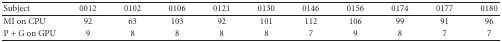
<table><thead><tr><td><b> Subject</b></td><td><b> 0012</b></td><td><b> 0102</b></td><td><b> 0106</b></td><td><b> 0121</b></td><td><b> 0130</b></td><td><b> 0146</b></td><td><b> 0156</b></td><td><b> 0174</b></td><td><b> 0177</b></td><td><b> 0180</b></td></tr></thead><tbody><tr><td> MI on CPU</td><td> 92</td><td> 63</td><td> 103</td><td> 92</td><td> 101</td><td> 112</td><td> 106</td><td> 99</td><td> 91</td><td> 96</td></tr><tr><td> P + G on GPU</td><td> 9</td><td> 8</td><td> 8</td><td> 8</td><td> 8</td><td> 7</td><td> 9</td><td> 8</td><td> 7</td><td> 7</td></tr></tbody></table>